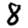
Digit: 8